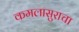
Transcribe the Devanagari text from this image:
कमलासुराचा